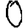
Digit: 0